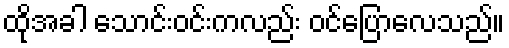
ထိုအခါ သောင်းဝင်းကလည်း ဝင်ပြောလေသည်။